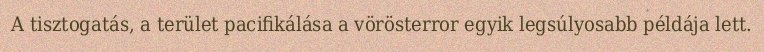
A tisztogatás, a terület pacifikálása a vörösterror egyik legsúlyosabb példája lett.